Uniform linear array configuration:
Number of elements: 24
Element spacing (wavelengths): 0.25
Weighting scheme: cosine
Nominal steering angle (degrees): -30
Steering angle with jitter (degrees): -30.417
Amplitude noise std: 0.05
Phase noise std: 0.05

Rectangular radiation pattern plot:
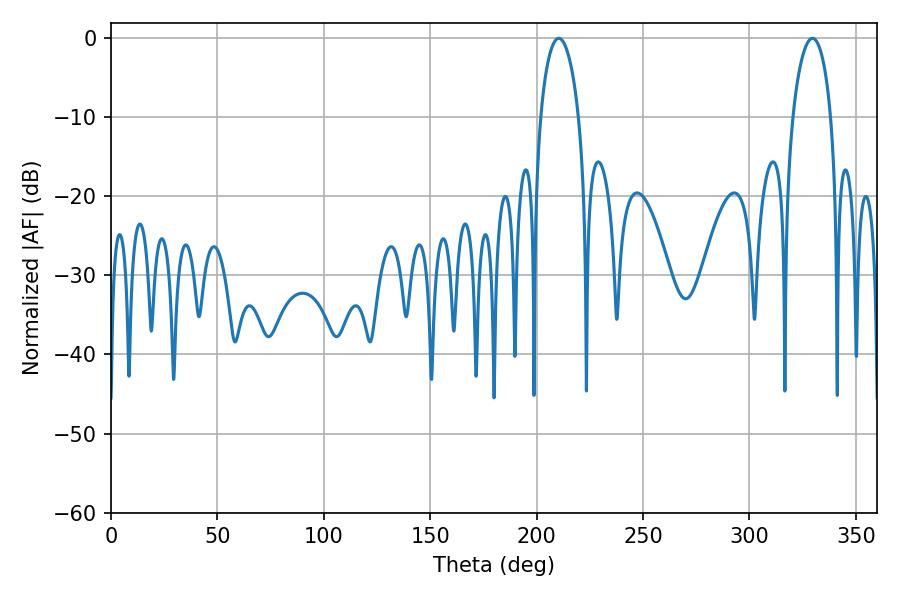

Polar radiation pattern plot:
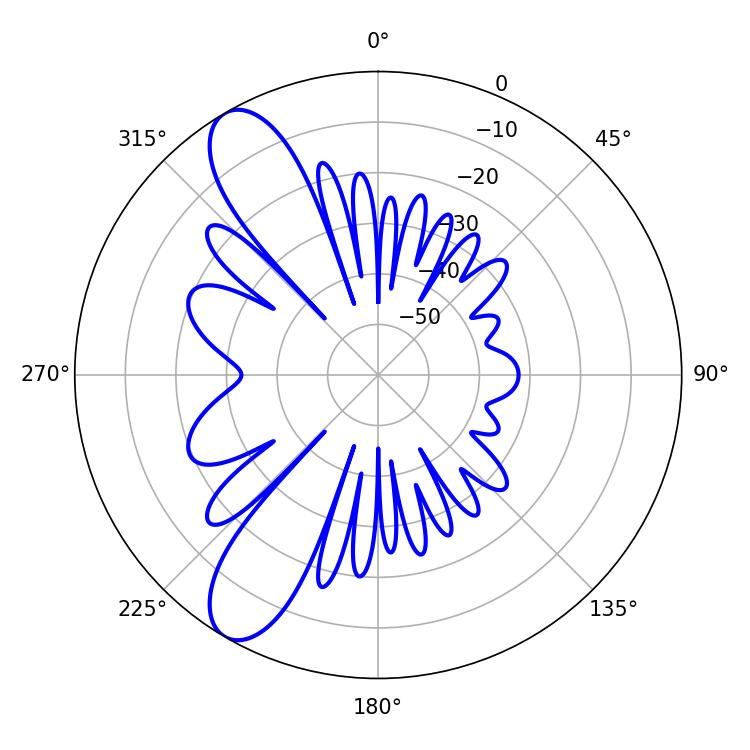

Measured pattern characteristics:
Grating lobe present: FALSE
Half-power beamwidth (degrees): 10.26
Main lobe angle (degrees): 210.42